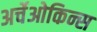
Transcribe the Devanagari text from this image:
अर्चेओकिन्स